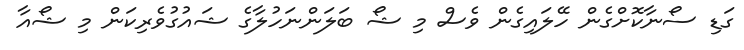
ގަޑި ސޯނާކޮށްގެން ހޭލައިގެން ވެސް މި ޝޯ ބަލަންނަހުލާގެ ޝައުގުވެރިކަން މި ޝޯއާ